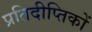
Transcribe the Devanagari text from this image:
प्रतिदीप्तिकों